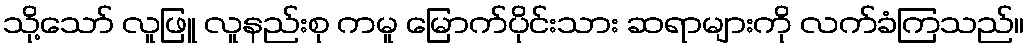
သို့သော် လူဖြူ လူနည်းစု ကမူ မြောက်ပိုင်းသား ဆရာများကို လက်ခံကြသည်။